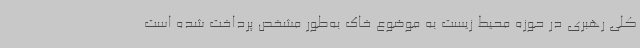
کلی رهبری در حوزه محیط زیست به موضوع خاک به‌طور مشخص پرداخت شده است